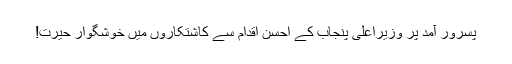
پسرور آمد پر وزیراعلی پنجاب کے احسن اقدام سے کاشتکاروں میں خوشگوار حیرت!